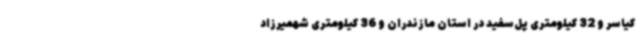
کیاسر و 32 کیلومتری پل‌سفید در استان مازندران و 36 کیلومتری شهمیرزاد